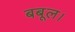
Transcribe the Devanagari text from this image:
बबूल।